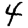
Digit: 4